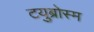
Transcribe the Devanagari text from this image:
टयुब्रोस्म